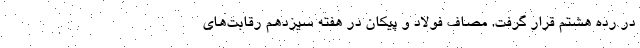
در رده هشتم قرار گرفت. مصاف فولاد و پیکان در هفته سیزدهم رقابت‌های